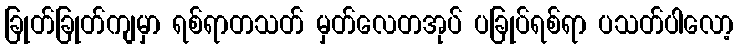
ခြုတ်ခြုတ်ကျမှာ ရစ်ရာတသတ် မှတ်လေတအုပ် ပခြုပ်ရစ်ရာ ပသတ်ပါလော့